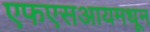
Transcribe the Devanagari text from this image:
एफएसआयमधून